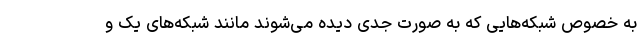
به خصوص شبکه‌هایی که به صورت جدی دیده می‌شوند مانند شبکه‌های یک و